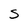
Character: S